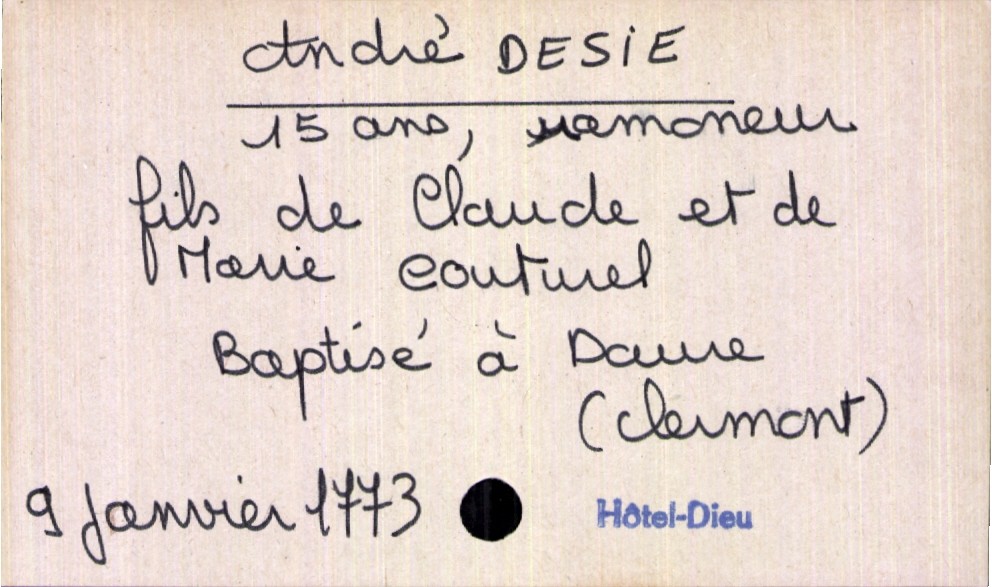
type_acte: Décès
année: 1773
mois: janvier
jour: 9
défunt_nom: Desie
défunt_prénom: André
défunt_sexe: H
défunt_âge: 15 ans
défunt_profession: ramoneur
défunt_lieu_de_naissance: Daure (Clermont)
père_défunt_nom: Desie
père_défunt_prénom: Claude
mère_défunt_nom: Couturel
mère_défunt_prénom: Marie